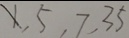
x , 5 , 7 , 3 5